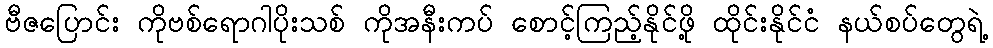
ဗီဇပြောင်း ကိုဗစ်ရောဂါပိုးသစ် ကိုအနီးကပ် စောင့်ကြည့်နိုင်ဖို့ ထိုင်းနိုင်ငံ နယ်စပ်တွေရဲ့